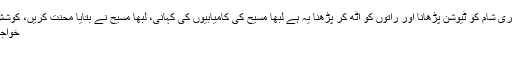
نجی ٹی وی کے مطابق سارا سارا دن نوکری شام کو ٹیوشن پڑھانا اور راتوں کو اٹھ کر پڑھنا یہ ہے لبھا مسیح کی کامیابیوں کی کہانی، لبھا مسیح نے بتایا محنت کریں، کوشش کریں چیخیں مارنے سے کچھ نہیں ہوتا
خواجہ سرا بحالی پروگرام اور ڈاکٹر امجد ثاقب
بدھ 8 صفر 1435ه۔